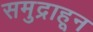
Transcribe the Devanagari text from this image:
समुद्राहून